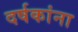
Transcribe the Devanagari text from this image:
दर्षकांना